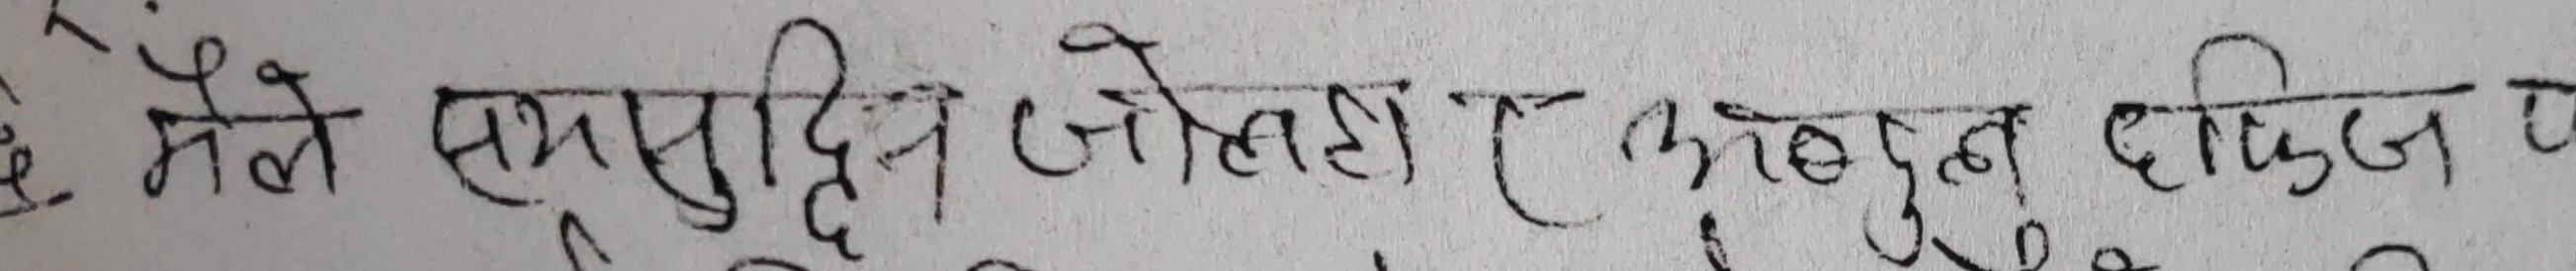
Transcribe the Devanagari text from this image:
मैले सवासुदिन ओइलाहारु अब्दुल हकिस प